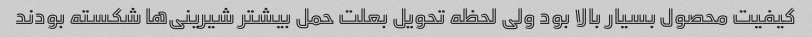
کیفیت محصول بسیار بالا بود ولی لحظه تحویل بعلت حمل بیشتر شیرینی‌ها شکسته بودند